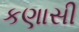
કણાસી